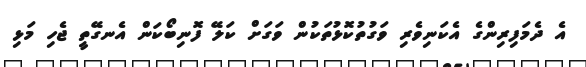
އެ ދެމަފިރިންގެ އެކަނިވެރި ވަގުތުކޮޅުތަކުން ވަގަށް ކަލޭ ފޮނިބޯކަން އެނގޭތީ ޖެހި މަޅި